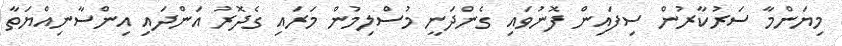
މިޔަންމާ ސަރުކާރުން ސިފައިން ފޮނުވައި ގެންދަނީ މުސްލިމުން މަރައި ގެދޮރު އަންދައި އިންސާނިއްޔަތާ